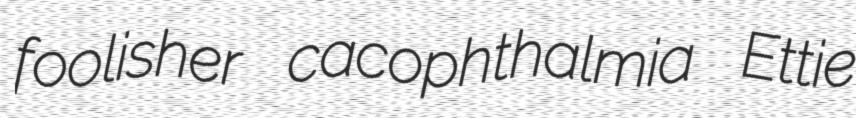
foolisher cacophthalmia Ettie